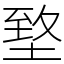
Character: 𡍶